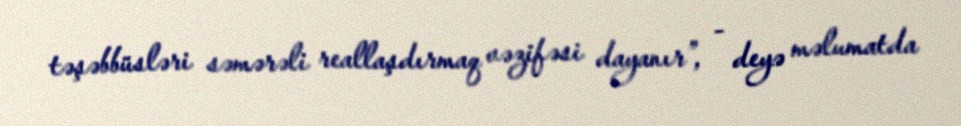
təşəbbüsləri səmərəli reallaşdırmaq vəzifəsi dayanır”, - deyə məlumatda